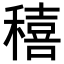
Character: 𥢗